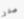
صدر